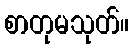
စာတုမသုတ်။